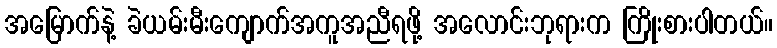
အမြောက်နဲ့ ခဲယမ်းမီးကျောက်အကူအညီရဖို့ အလောင်းဘုရားက ကြိုးစားပါတယ်။